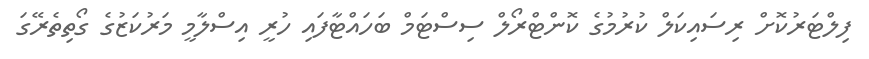
ފިލްޓަރުކޮށް ރިސައިކަލް ކުރުމުގެ ކޮންޓްރޯލް ސިސްޓަމް ބަހައްޓާފައި ހުރީ އިސްލާމީ މަރުކަޒުގެ ގޯތިތެރޭގަ